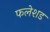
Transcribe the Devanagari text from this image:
फलेशड